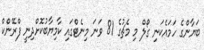
ބަޔާންގެ ހަމައެކަނި ގޯލް މި މެޗުގެ 81 ވަނަ މިނެޓްގައި ކާމިޔާބުކޮށްދިނީ ފްރޭންކް